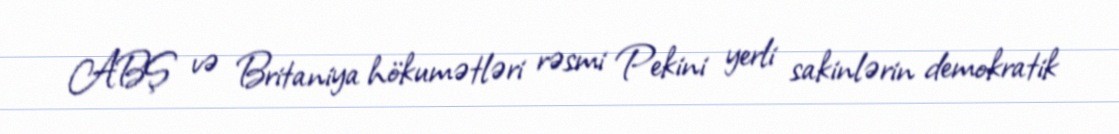
ABŞ və Britaniya hökumətləri rəsmi Pekini yerli sakinlərin demokratik